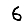
Digit: 6